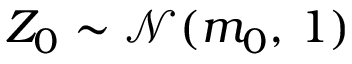
Z _ { 0 } \sim \mathcal { N } ( m _ { 0 } , \, 1 )